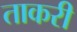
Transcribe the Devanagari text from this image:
ताकरी